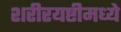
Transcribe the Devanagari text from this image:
शरीरयष्टीमध्ये